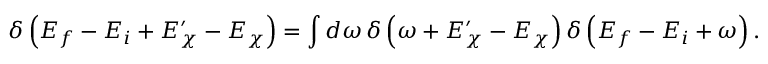
\delta \left( E _ { f } - E _ { i } + E _ { \chi } ^ { \prime } - E _ { \chi } \right) = \int d \omega \, \delta \left( \omega + E _ { \chi } ^ { \prime } - E _ { \chi } \right) \delta \left( E _ { f } - E _ { i } + \omega \right) .